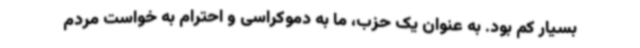
بسیار کم بود. به عنوان یک حزب، ما به دموکراسی و احترام به خواست مردم